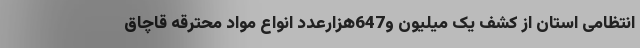
انتظامی استان از کشف یک میلیون و647هزارعدد انواع مواد محترقه قاچاق